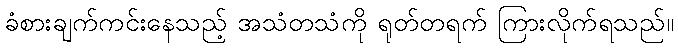
ခံစားချက်ကင်းနေသည့် အသံတသံကို ရုတ်တရက် ကြားလိုက်ရသည်။